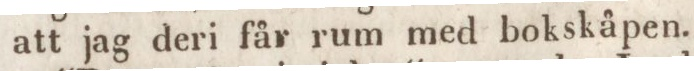
att jag deri får rum med bokskåpen.